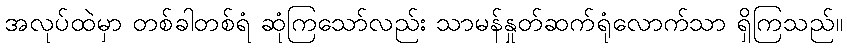
အလုပ်ထဲမှာ တစ်ခါတစ်ရံ ဆုံကြသော်လည်း သာမန်နှုတ်ဆက်ရုံလောက်သာ ရှိကြသည်။